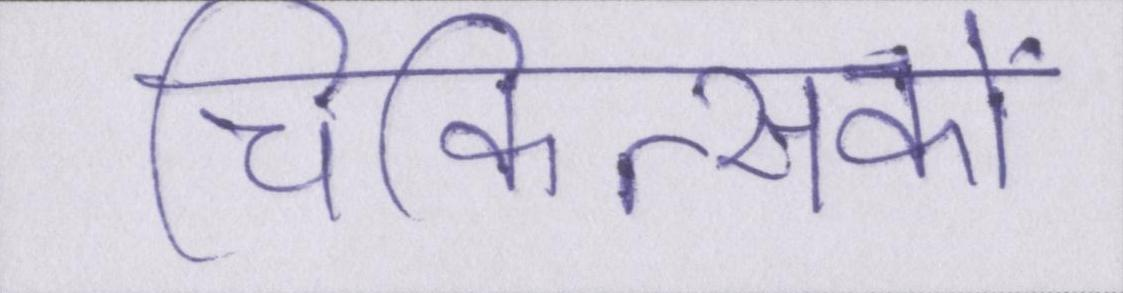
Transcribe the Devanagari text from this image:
चिकित्सकों